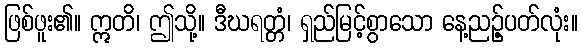
ဖြစ်ဖူး၏။ ဣတိ၊ ဤသို့။ ဒီဃရတ္တံ၊ ရှည်မြင့်စွာသော နေ့ညဉ့်ပတ်လုံး။